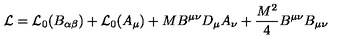
{ \cal L } = { \cal L } _ { 0 } ( B _ { \alpha \beta } ) + { \cal L } _ { 0 } ( A _ { \mu } ) + M B ^ { \mu \nu } D _ { \mu } A _ { \nu } + \frac { M ^ { 2 } } { 4 } B ^ { \mu \nu } B _ { \mu \nu }